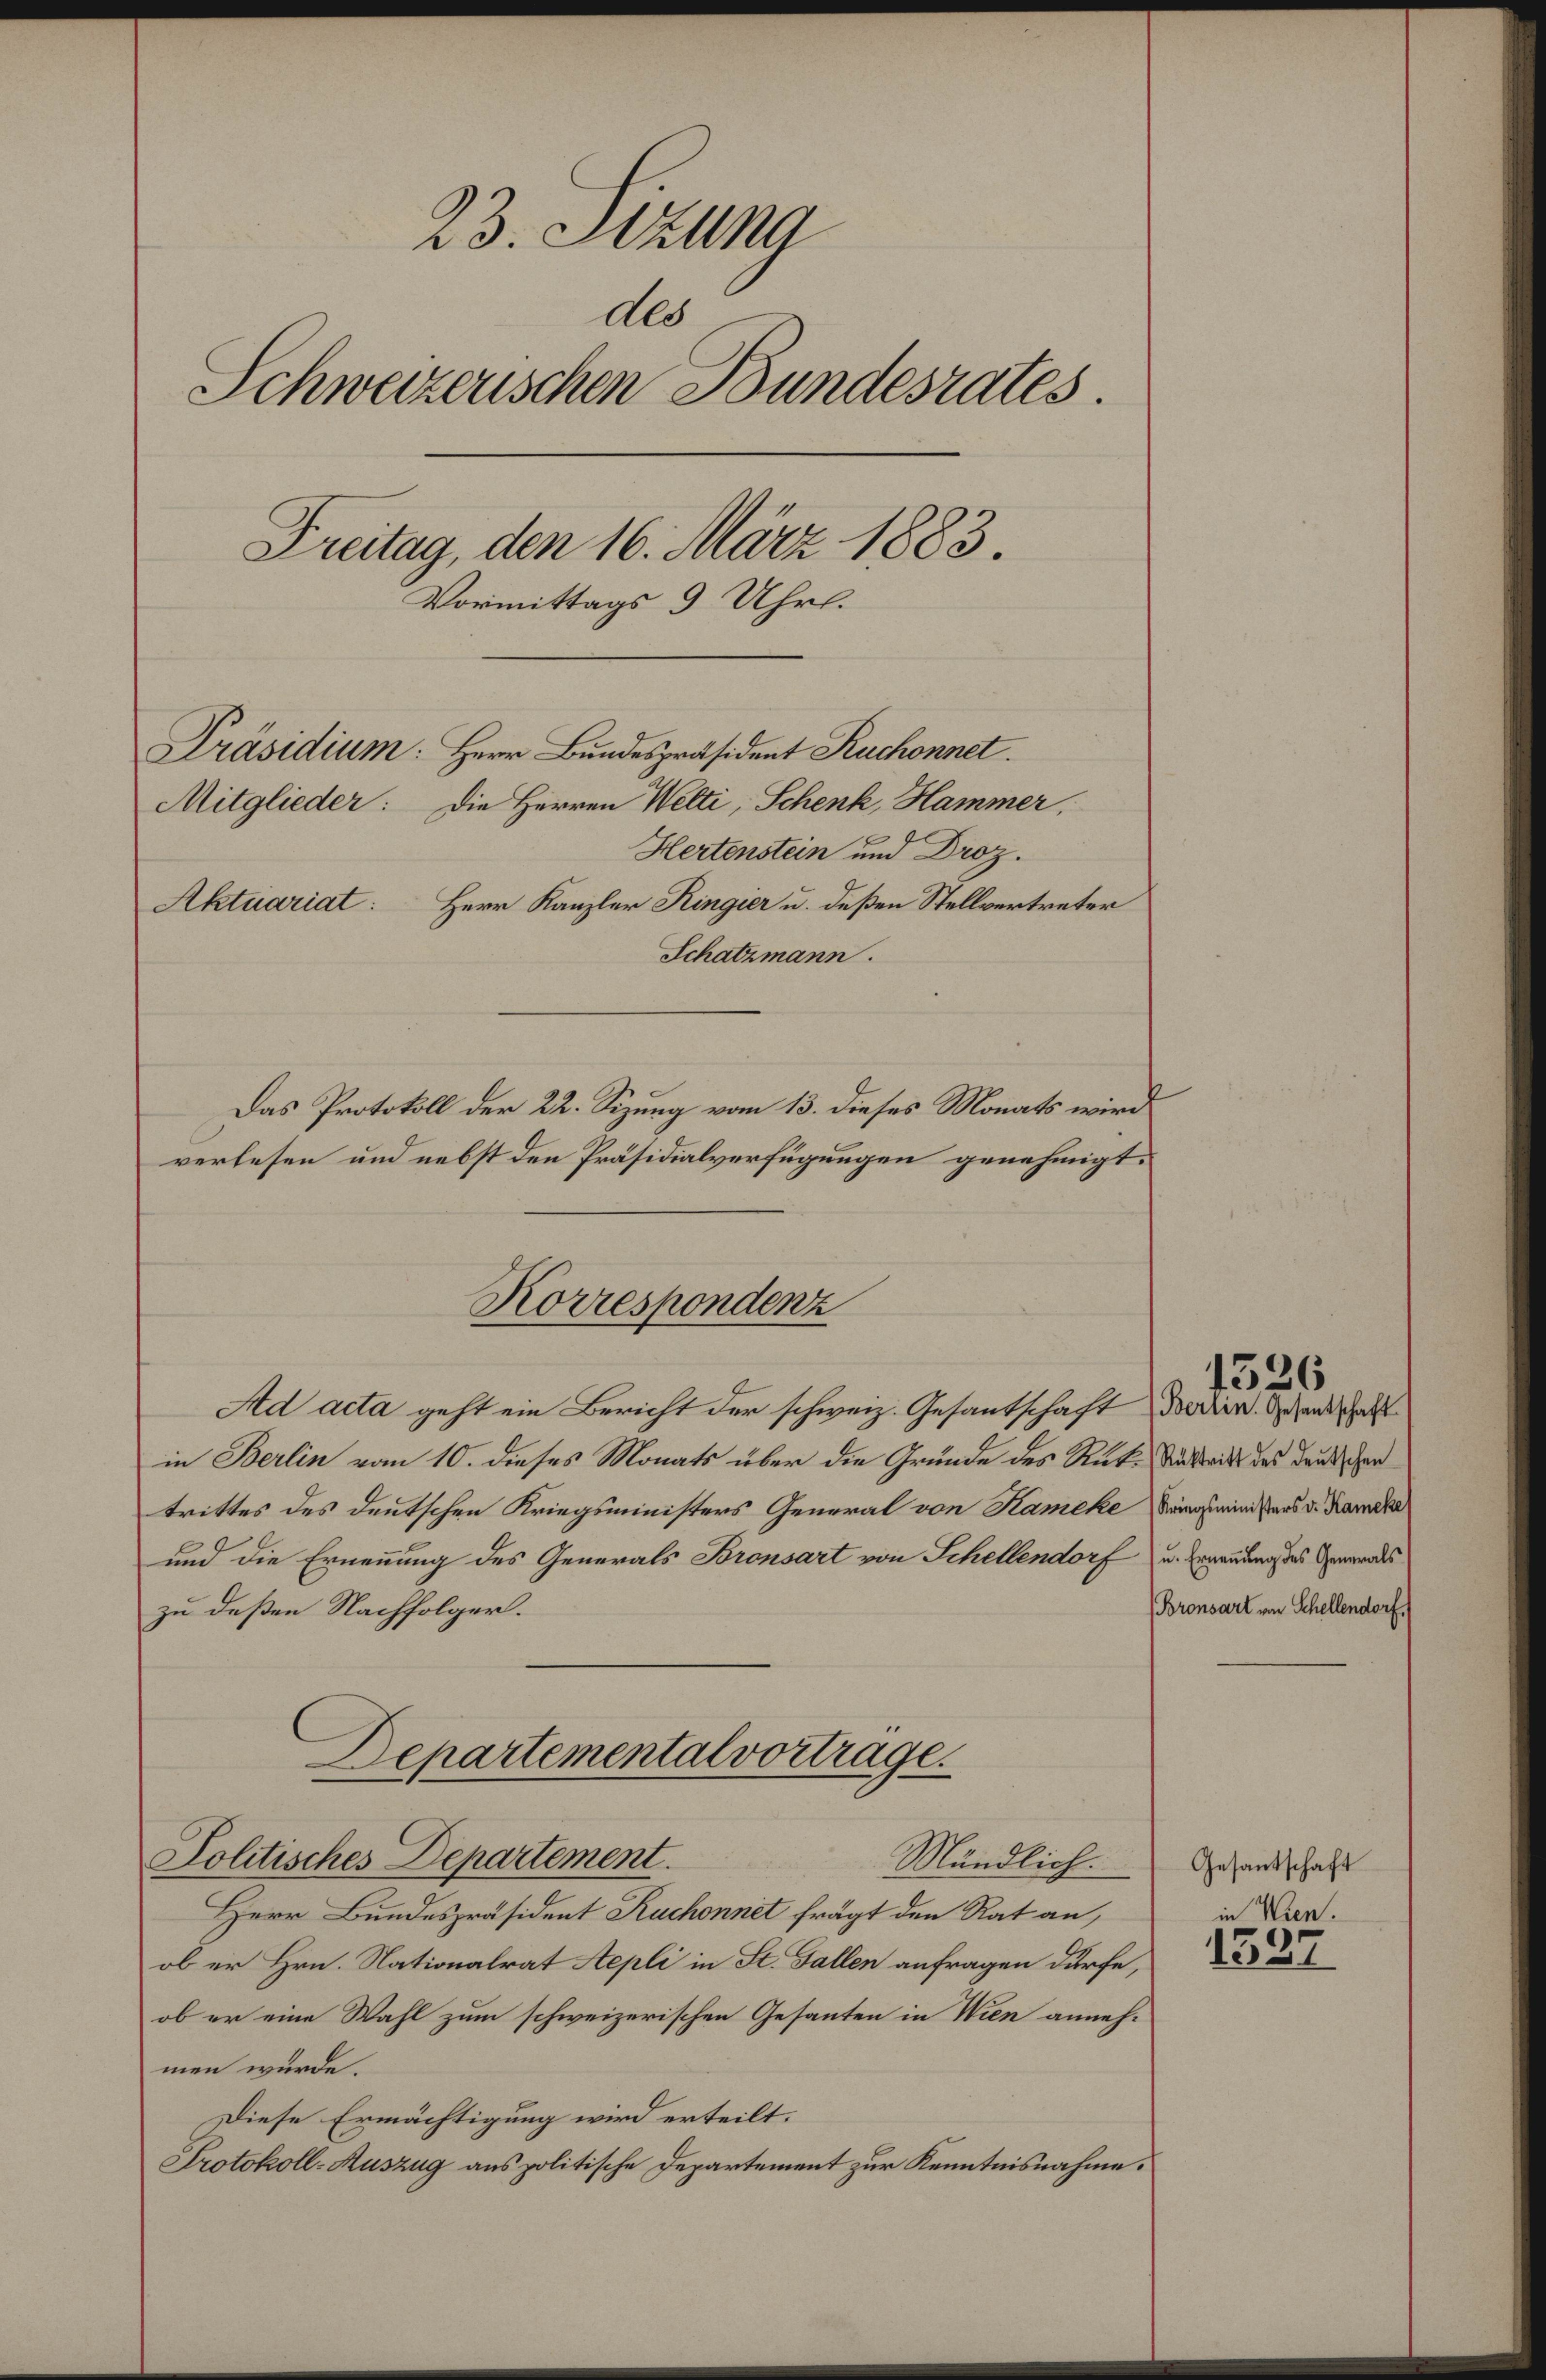
23. Stzung
ddr
Schweizerischen Bundesrates.
Freitag, den 16. März 1883.
Vormittags 9 Uhrl.
Präsidium: Herr Bundespräsident Ruchonnet
Mitglieder: Die Herren Welti, Schenk, Hammer,
Hertenstein und Droz.
Aktuariat: Herr Kanzler Ringier u. deßen Stellvertreter
Schatzmann.
Das Protokoll der 22. Sizung vom 13. dieses Monats wird
verlesen und nebst den Präsidialverfügungen genehmigt.

Ad acta geht ein Bericht der schweiz. Gesantschaft dedier. Wandschaft
in Berlin vom 10. dieses Monats über die Gründe des Rück-Vitritt des Deutschen
trittes des deutschen Kriegsministers General von Kameke Vergerin aus d. Karika
und die Ernennung des Generals Bronsart von Schellendorf u. Ernennung des Generades
zu deßen Nachfolger.
Departemental vortrage.
Politisches Departement.
Mändlich.
Herr Bundespräsident Ruchonnet frägt den Rat an,
ob er Hrn. Nationalrat Aepli in St. Gallen anfragen dürfe,
ob er eine Wahl zum schweizerischen Gesanten in Wien annehmen würde.
Diese Ermächtigung wird erteilt.
Protokoll-Auszug aus politische Departement zur Kenntnisnahme.

Korrespondenz

Bronsart von Schellendorf.

1526

Gesantschaft
in Wien.

1537